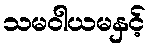
သမဝါယမနှင့်